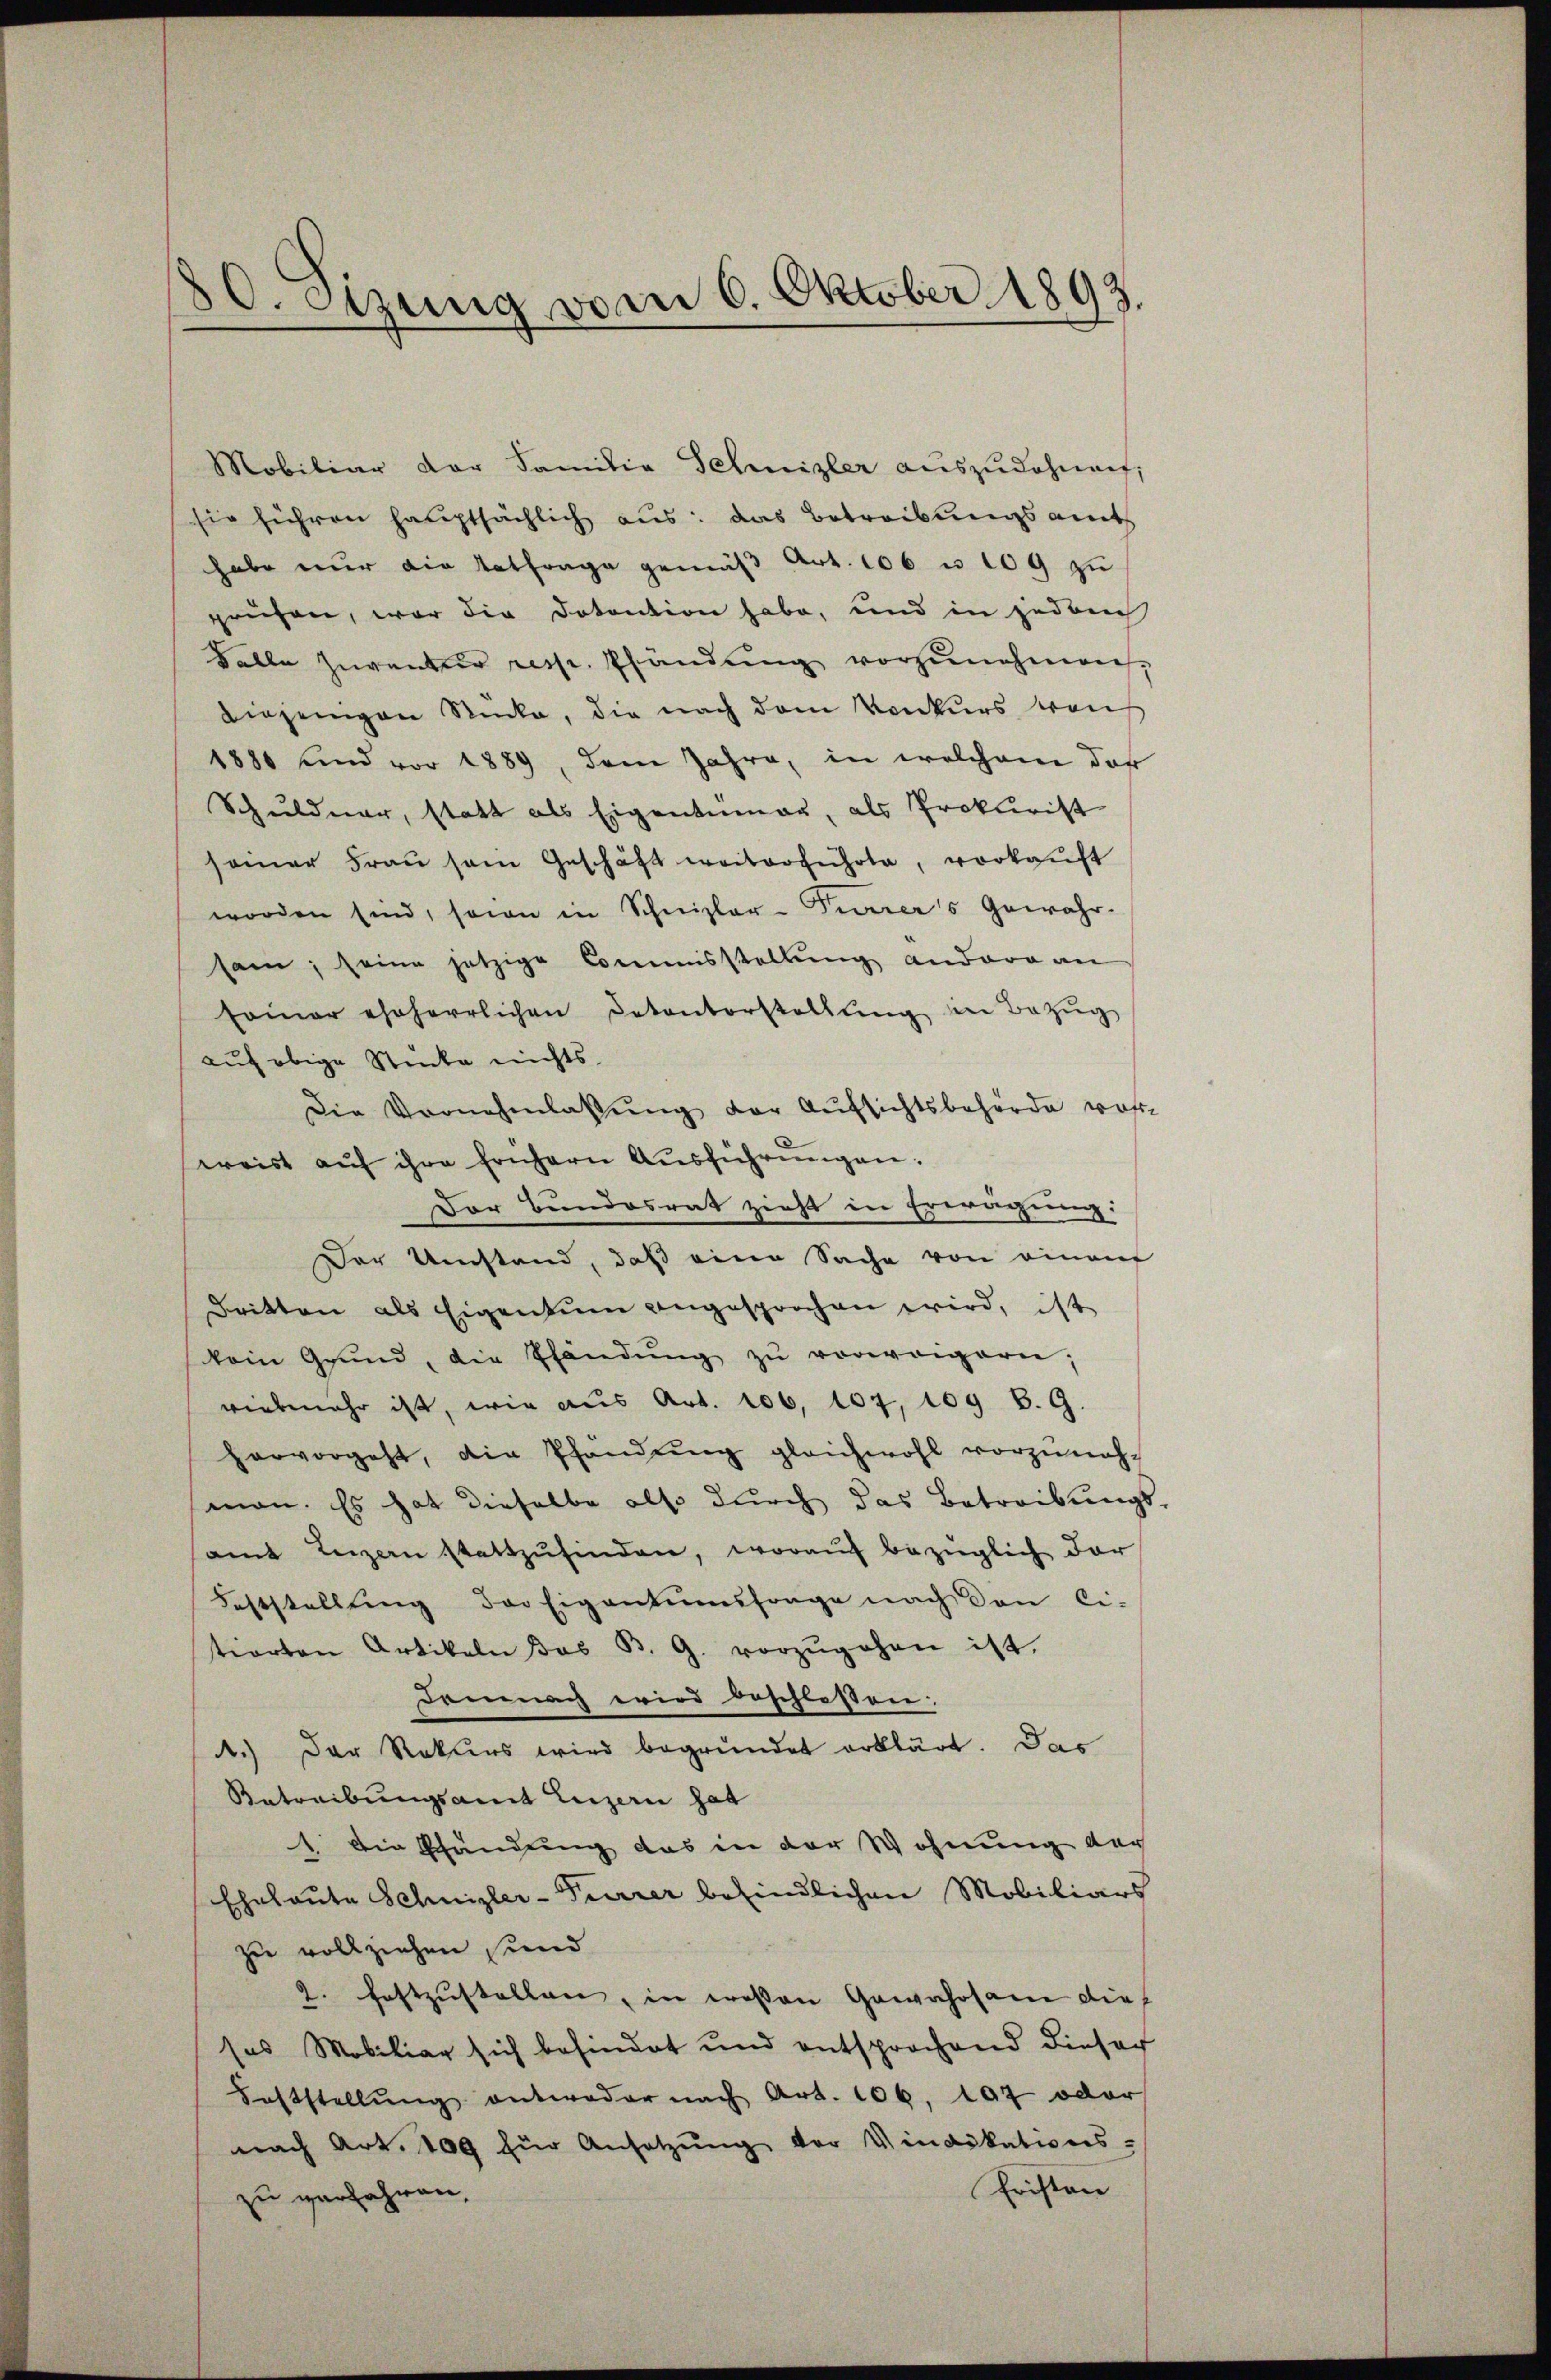
80. Sizung vom 6. Oktober 1892.

sie führen hauptsächlich aus: das Betreibungsamt
habe nur die Entfrage gemäß Art. 106 u. 109 zu
prüfen, war die Dotantion habe, und in jedoch
Falle Inventur resp. Pfändung vorzunehmen,
Diejenigen Rücke, die nach dem Konkurs was
1880 und vor 1889, dem Jahre, in welchem das
Schuldner, statt als Eigentümer, als Prokurist
seiner Fraŭ sein Geschäft weiterführte, verkaŭft
worden sind, sowie in Schnizler-Tierers Gewahr-
sam, seine jetzige Commisstellŭng andera an
sainer eheherrlichen Dekantorstellŭng in Bezŭg
auf obige Stücke nichts
Die Vornehmlassŭng der Aŭfsichtsbehörde vor-
weist aŭf ihre frühern Aŭsführŭngen:
Der Bundesrat zieht in Erwägung:
Der Umstand, daß eine Sache von einan
Dritten als Eigentum angesprochen wird, ist
kein Grund, die Thändŭng zŭ verweigern;
vielmehr ist, wie aus Art. 106, 107, 109 S. 9.
hervorgeht, die Pfändung gleichwohl vorzuneh-
man. Es hat dieselbe also durch das Betreibungs
amt Luzern stattzŭfinden, worauf bezüglich dar
Feststellŭng der Eigentumsfrage nach den Ci-
tierten Artikeln das B. G. vorzŭgehen ist.
demnach wird beschlossen:
1.) Der Rekurs wird begründet erklärt. Das
Betreibungsamt Luzern hat
1 Einschhändung das in der Wohnung der
Eheleute Schnizler-Furrer befindlichen Mobiliars
zu vollziehen sind
2. festzustellen, in wesen Gewahrsam dies
ses Mobiliar sich befindet und entsprochend dieser
Feststellŭng antweder nach Art. 106. 197 oder
nach Art. 109 für Ansetzŭng der Vindikations-
Fristen
zu verfahren,

Mobiliar der Familie Sehnizler auszudehnen,